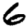
Digit: 6